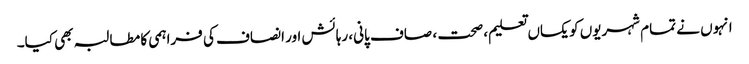
انہوں نے تمام شہریوں کو یکساں تعلیم، صحت ، صاف پانی، رہائش اور انصاف کی فراہمی کا مطالبہ بھی کیا۔